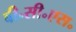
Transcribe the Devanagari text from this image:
बी॰सी॰एस॰